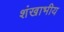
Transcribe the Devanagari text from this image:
शंखाभीय